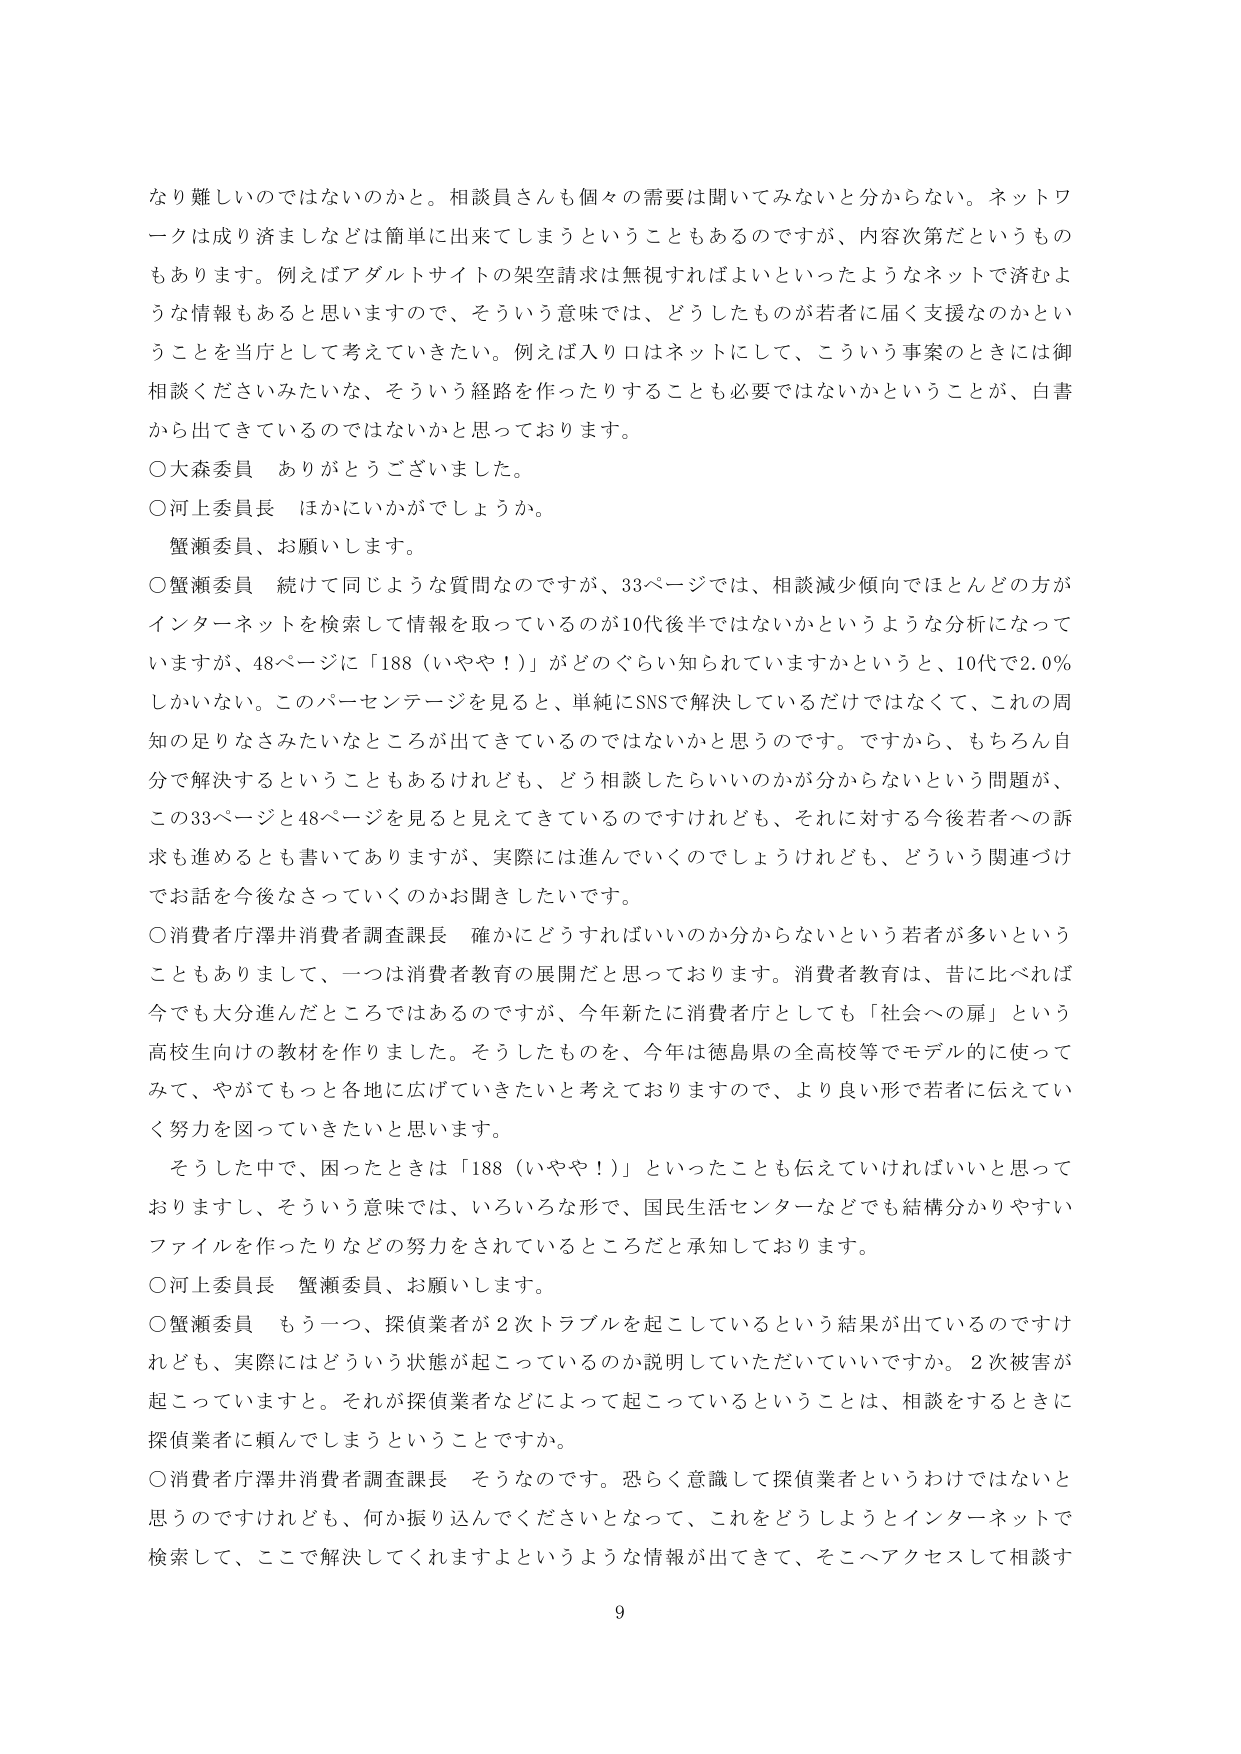
なり難しいのではないのかと。相談員さんも個々の需要は聞いてみないと分からない。ネットワークは成り済ましなどは簡単に出来てしまうということもあるのですが、内容次第だというのもあります。例えばアダルトサイトの架空請求は無視すればよいといったようなネットで済むような情報もあると思いますので、そういう意味では、どうしたものが若者に届く支援なのかということを当庁として考えていきたい。例えば入り口はネットにして、こういう事案のときには御相談くださいみたいな、そういう経路を作ったりすることも必要ではないかということが、白書から出てきているのではないかと思っております。

○大森委員　ありがとうございました。

○河上委員長　ほかにいかがでしょうか。

　蟹瀬委員、お願いします。

○蟹瀬委員　続けて同じような質問なのですが、33ページでは、相談減少傾向でほとんどの方がインターネットを検索して情報を取っているのが10代後半ではないかというような分析になっていますが、48ページに「188（いやや！）」がどのぐらい知られていますかというと、10代で2.0％しかいない。このパーセンテージを見ると、単純にSNSで解決しているだけではなくて、これの周知の足りなさみたいなところが出てきているのではないかと思うのです。ですから、もちろん自分で解決するということもあるけれども、どう相談したらいいのかが分からないという問題が、この33ページと48ページを見るとき見えてきているのですけれども、それに対する今後若者への訴求も進めるとも書いてありますが、実際には進んでいくのでしょうけれども、どういう関連づけでお話を今後なさっていくのかお聞きしたいです。

○消費者庁澤井消費者調査課長　確かにどうすればいいのか分からないという若者が多くということもありまして、一つは消費者教育の展開だと思っております。消費者教育は、昔に比べれば今でも大分進んだところではあるのですが、今年新たに消費者庁としても「社会への扉」という高校生向けの教材を作りました。そうしたものを、今年は徳島県の全高校等でモデル的に使ってみて、やがてもっと各地に広げていきたいと考えておりますので、より良い形で若者に伝えていく努力を図っていきたいと思います。

　そうした中で、困ったときは「188（いやや！）」といったことも伝えていければいいと思っておりますし、そういう意味では、いろいろな形で、国民生活センターなどでも結構分かりやすいファイルを作ったりなどの努力をされているところだと承知しております。

○河上委員長　蟹瀬委員、お願いします。

○蟹瀬委員　もう一つ、探偵業者が2次トラブルを起こしているという結果が出ているのですけれども、実際にはどういう状態が起こっているのか説明していただいていいですか。2次被害が起こっていますと。それが探偵業者などによって起こっているということは、相談をするときに探偵業者に頼んでしまうということですか。

○消費者庁澤井消費者調査課長　そうなのです。恐らく意識して探偵業者というわけではないと思うのですけれども、何か振り込んでくださいとなって、これをどうしようとインターネットで検索して、ここで解決してくれますよというような情報が出てきて、そこへアクセスして相談す

9